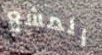
المشع